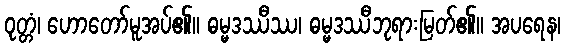
ဝုတ္တံ၊ ဟောတော်မူအပ်၏။ ဓမ္မဒဿီဿ၊ ဓမ္မဒဿီဘုရားမြတ်၏။ အပရေန၊